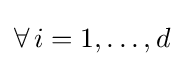
\forall \,i=1,\dots ,d